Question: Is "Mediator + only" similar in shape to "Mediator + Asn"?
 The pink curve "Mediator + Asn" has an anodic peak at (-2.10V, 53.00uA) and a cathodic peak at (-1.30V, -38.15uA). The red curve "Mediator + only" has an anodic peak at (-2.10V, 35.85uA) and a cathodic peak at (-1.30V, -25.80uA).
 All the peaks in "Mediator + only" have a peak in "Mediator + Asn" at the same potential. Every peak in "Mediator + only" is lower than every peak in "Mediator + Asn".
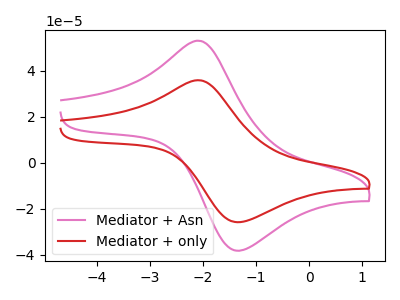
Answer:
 <answer>"Mediator + only" and "Mediator + Asn" are similar in shape.</answer>
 <eval>same_shape</eval>